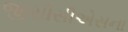
જીસીસીએસના